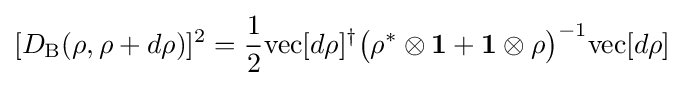
[D_{\text{B}}(\rho ,\rho +d\rho )]^{2}={\frac {1}{2}}{\text{vec}}[d\rho ]^{\dagger }{\big (}\rho ^{*}\otimes \mathbf {1} +\mathbf {1} \otimes \rho {\big )}^{-1}{\text{vec}}[d\rho ]